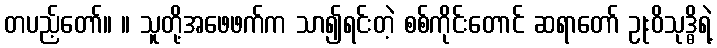
တပည့်တော်။ ။ သူတို့အဖေဖက်က သာ၍ရင်းတဲ့ စစ်ကိုင်းတောင် ဆရာတော် ဥုးဝိသုဒ္ဓိရဲ့